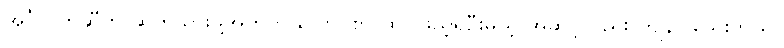
အင်္ဂါဂြိုဟ်ဆီကို ဆက်သွားဖို့အတွက် လောင်စာ ထပ်ဖြည့်ရဦးမယ့် အဆင့်လည်း ကျန်ပါသေးတယ်။